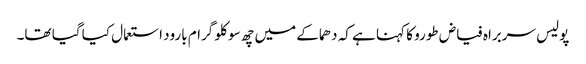
پولیس سربراہ فیاض طورو کا کہنا ہے کہ دھماکے میں چھ سو کلو گرام بارود استعمال کیا گیا تھا۔